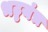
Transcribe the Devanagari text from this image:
भट्टयंत्र